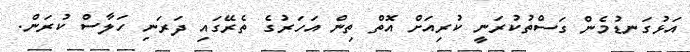
އަޅުގަނޑުމެން ގަސްތުކުރަނީ ކުރިއަށް އޮތް ތިން އަހަރުގެ ތެރޭގައި ދަރަނި ހަލާސް ކުރަން.